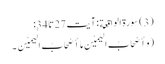
(3) سورة الواقعة : آیت 27 تا 34:
( وَ أَصْحَابُ الْیَمِیْنِ مَا أَصْحَابُ الْیَمِیْنِ ۔